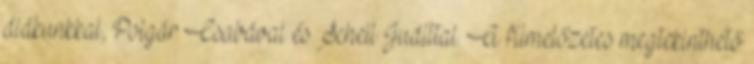
diákunkkal, Polgár Csabával és Schell Judittal. A filmelőzetes megtekinthető